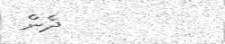
ދެން